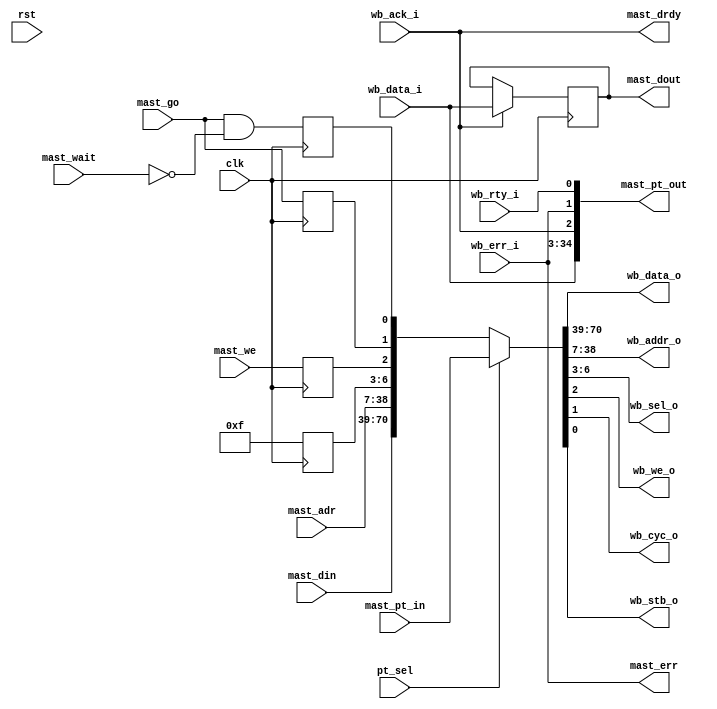
/////////////////////////////////////////////////////////////////////
////                                                             ////
////  WISHBONE DMA WISHBONE Master Interface                     ////
////                                                             ////
////                                                             ////
////          rudi@asics.ws                                      ////
////                                                             ////
////                                                             ////
////  Downloaded from: http://www.opencores.org/cores/wb_dma/    ////
////                                                             ////
/////////////////////////////////////////////////////////////////////
////                                                             ////
//// Copyright (C) 2000-2002 Rudolf Usselmann                    ////
////                         www.asics.ws                        ////
////                         rudi@asics.ws                       ////
////                                                             ////
//// This source file may be used and distributed without        ////
//// restriction provided that this copyright statement is not   ////
//// removed from the file and that any derivative work contains ////
//// the original copyright notice and the associated disclaimer.////
////                                                             ////
////     THIS SOFTWARE IS PROVIDED ``AS IS'' AND WITHOUT ANY     ////
//// EXPRESS OR IMPLIED WARRANTIES, INCLUDING, BUT NOT LIMITED   ////
//// TO, THE IMPLIED WARRANTIES OF MERCHANTABILITY AND FITNESS   ////
//// FOR A PARTICULAR PURPOSE. IN NO EVENT SHALL THE AUTHOR      ////
//// OR CONTRIBUTORS BE LIABLE FOR ANY DIRECT, INDIRECT,         ////
//// INCIDENTAL, SPECIAL, EXEMPLARY, OR CONSEQUENTIAL DAMAGES    ////
//// (INCLUDING, BUT NOT LIMITED TO, PROCUREMENT OF SUBSTITUTE   ////
//// GOODS OR SERVICES; LOSS OF USE, DATA, OR PROFITS; OR        ////
//// BUSINESS INTERRUPTION) HOWEVER CAUSED AND ON ANY THEORY OF  ////
//// LIABILITY, WHETHER IN  CONTRACT, STRICT LIABILITY, OR TORT  ////
//// (INCLUDING NEGLIGENCE OR OTHERWISE) ARISING IN ANY WAY OUT  ////
//// OF THE USE OF THIS SOFTWARE, EVEN IF ADVISED OF THE         ////
//// POSSIBILITY OF SUCH DAMAGE.                                 ////
////                                                             ////
/////////////////////////////////////////////////////////////////////

//  CVS Log
//
//  $Id: wb_dma_wb_mast.v,v 1.2 2002-02-01 01:54:45 rudi Exp $
//
//  $Date: 2002-02-01 01:54:45 $
//  $Revision: 1.2 $
//  $Author: rudi $
//  $Locker:  $
//  $State: Exp $
//
// Change History:
//               $Log: not supported by cvs2svn $
//               Revision 1.1  2001/07/29 08:57:02  rudi
//
//
//               1) Changed Directory Structure
//               2) Added restart signal (REST)
//
//               Revision 1.2  2001/06/05 10:22:37  rudi
//
//
//               - Added Support of up to 31 channels
//               - Added support for 2,4 and 8 priority levels
//               - Now can have up to 31 channels
//               - Added many configuration items
//               - Changed reset to async
//
//               Revision 1.1.1.1  2001/03/19 13:11:05  rudi
//               Initial Release
//
//
//


module wb_dma_wb_mast(clk, rst,

	wb_data_i, wb_data_o, wb_addr_o, wb_sel_o, wb_we_o, wb_cyc_o,
	wb_stb_o, wb_ack_i, wb_err_i, wb_rty_i,

	mast_go, mast_we, mast_adr, mast_din, mast_dout, mast_err,
	mast_drdy, mast_wait,

	pt_sel, mast_pt_in, mast_pt_out
	);

input		clk, rst;

// --------------------------------------
// WISHBONE INTERFACE 

input	[31:0]	wb_data_i;
output	[31:0]	wb_data_o;
output	[31:0]	wb_addr_o;
output	[3:0]	wb_sel_o;
output		wb_we_o;
output		wb_cyc_o;
output		wb_stb_o;
input		wb_ack_i;
input		wb_err_i;
input		wb_rty_i;

// --------------------------------------
// INTERNAL DMA INTERFACE 
input		mast_go;	// Perform a Master Cycle (as long as this
				// line is asserted)
input		mast_we;	// Read/Write
input	[31:0]	mast_adr;	// Address for the transfer
input	[31:0]	mast_din;	// Internal Input Data
output	[31:0]	mast_dout;	// Internal Output Data
output		mast_err;	// Indicates an error has occurred

output		mast_drdy;	// Indicated that either data is available
				// during a read, or that the master can accept
				// the next data during a write
input		mast_wait;	// Tells the master to insert wait cycles
				// because data can not be accepted/provided

// Pass Through Interface
input		pt_sel;		// Pass Through Mode Selected
input	[70:0]	mast_pt_in;	// Grouped WISHBONE inputs
output	[34:0]	mast_pt_out;	// Grouped WISHBONE outputs

////////////////////////////////////////////////////////////////////
//
// Local Wires
//

reg		mast_cyc, mast_stb;
reg		mast_we_r;
reg	[3:0]	mast_be;
reg	[31:0]	mast_dout;

////////////////////////////////////////////////////////////////////
//
// Pass-Through Interface
//

assign {wb_data_o, wb_addr_o, wb_sel_o, wb_we_o, wb_cyc_o, wb_stb_o} =
	pt_sel ? mast_pt_in :
	{mast_din, mast_adr, mast_be, mast_we_r, mast_cyc, mast_stb};

assign mast_pt_out = {wb_data_i, wb_ack_i, wb_err_i, wb_rty_i};

////////////////////////////////////////////////////////////////////
//
// DMA Engine Interface
//

always @(posedge clk)
	if(wb_ack_i)	mast_dout <= #1 wb_data_i;

always @(posedge clk)
	mast_be <= #1 4'hf;

always @(posedge clk)
	mast_we_r <= #1 mast_we;

always @(posedge clk)
	mast_cyc <= #1 mast_go;

always @(posedge clk)
	mast_stb <= #1 mast_go & !mast_wait; 

assign mast_drdy = wb_ack_i;
assign mast_err  = wb_err_i;

endmodule